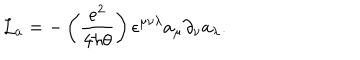
LaTeX: { \mathcal L } _ { a } = - \left( { \frac { e ^ { 2 } } { 4 \hbar \theta } } \right) \epsilon ^ { \mu \nu \lambda } a _ { \mu } \partial _ { \nu } a _ { \lambda } .